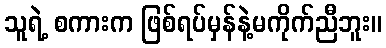
သူရဲ့ စကားက ဖြစ်ရပ်မှန်နဲ့မကိုက်ညီဘူး။